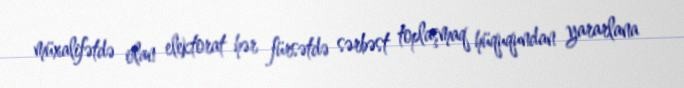
müxalifətdə olan elektorat hər fürsətdə sərbəst toplaşmaq hüququndan yararlana